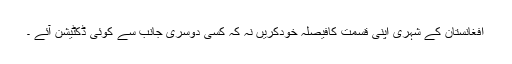
افغانستان کے شہری اپنی قسمت کافیصلہ خودکریں نہ کہ کسی دوسری جانب سے کوئی ڈکٹیشن آئے ۔